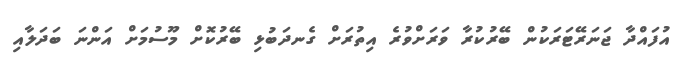
އުފައްދާ ޖަނަރޭޓަރަކުން ބޭރުކުރާ ވަރަށްވުރެ އިތުރަށް ގެނދަބުޅި ބޭރުކޮށް މޫސުމަށް އަންނަ ބަދަލާއި